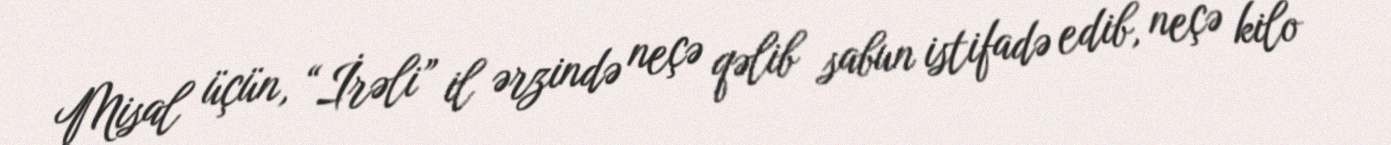
Misal üçün, “İrəli” il ərzində neçə qəlib sabun istifadə edib, neçə kilo